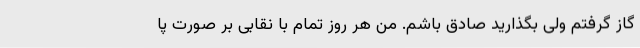
گاز گرفتم ولی بگذارید صادق باشم. من هر روز تمام با نقابی بر صورت پا